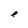
Character: e